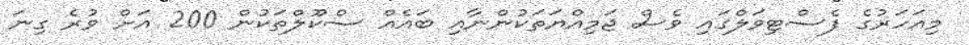
މިއަހަރުގެ ފެސްޓިވަލްގައި ވެސް ޖަމިއްޔަތަކުންނާއި ބައެއް ސްކޫލްތަކުން 200 އަށް ވުރެ ގިނަ